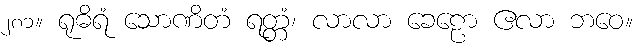
၂၈၁။ ရုဓိရံ သောဏိတံ ရတ္တံ၊ လာလာ ခေဠော ဧလာ ဘဝေ။